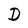
Character: D